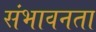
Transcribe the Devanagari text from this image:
संभावनता